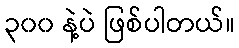
၃၀၀ နဲ့ပဲ ဖြစ်ပါတယ်။